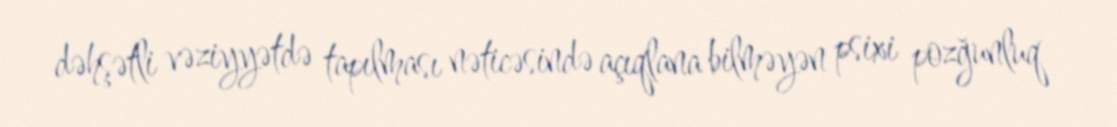
dəhşətli vəziyyətdə tapılması nəticəsində açıqlana bilməyən psixi pozğunluq